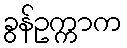
ခွန်ဥက္ကာက